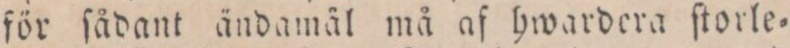
för ſådant ändamäl må af hwardera ſtorle=